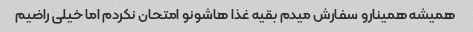
همیشه همینارو سفارش میدم بقیه غذا هاشونو امتحان نکردم اما خیلی راضیم